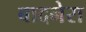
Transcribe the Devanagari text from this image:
बादनेरा